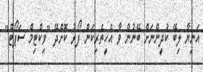
އަނިޔާ ލިބޭ ކުދީންނަށް ބޭނުން ވާ އެހީތެރިކަން ފޯރު ކޮށްދޭ "ވިކްޓިމް ސަޕޯޓް"